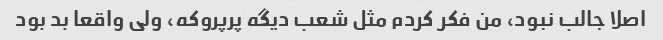
اصلا جالب نبود، من فکر کردم مثل شعب دیگه پرپروکه، ولی واقعا بد بود